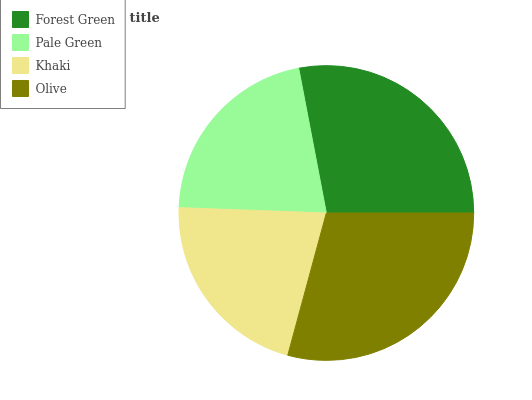
| Forest Green | Pale Green | Khaki | Olive |
 | --- | --- | --- | --- |
 | 28% | 21.5% | 21.3% | 29.3% |